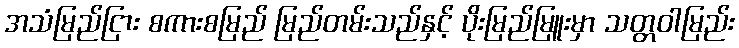
အသံမြည်ငြား စကားစမြည် မြည်တမ်းသည်နှင့် ပိုးမြည်မြူးမှာ သတ္တဝါမြည်း